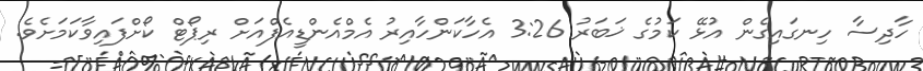
ހާދިސާ ހިނގައިގެން އުޅޭ ކަމުގެ ޚަބަރު 3:26 އެހާކަންހާއިރު އެމްއެންޑީއެފްއަށް ރިޕޯޓް ކޯށްފައިވާކަމަށެވެ.